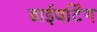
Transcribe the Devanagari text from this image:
डाईवर्टिंग